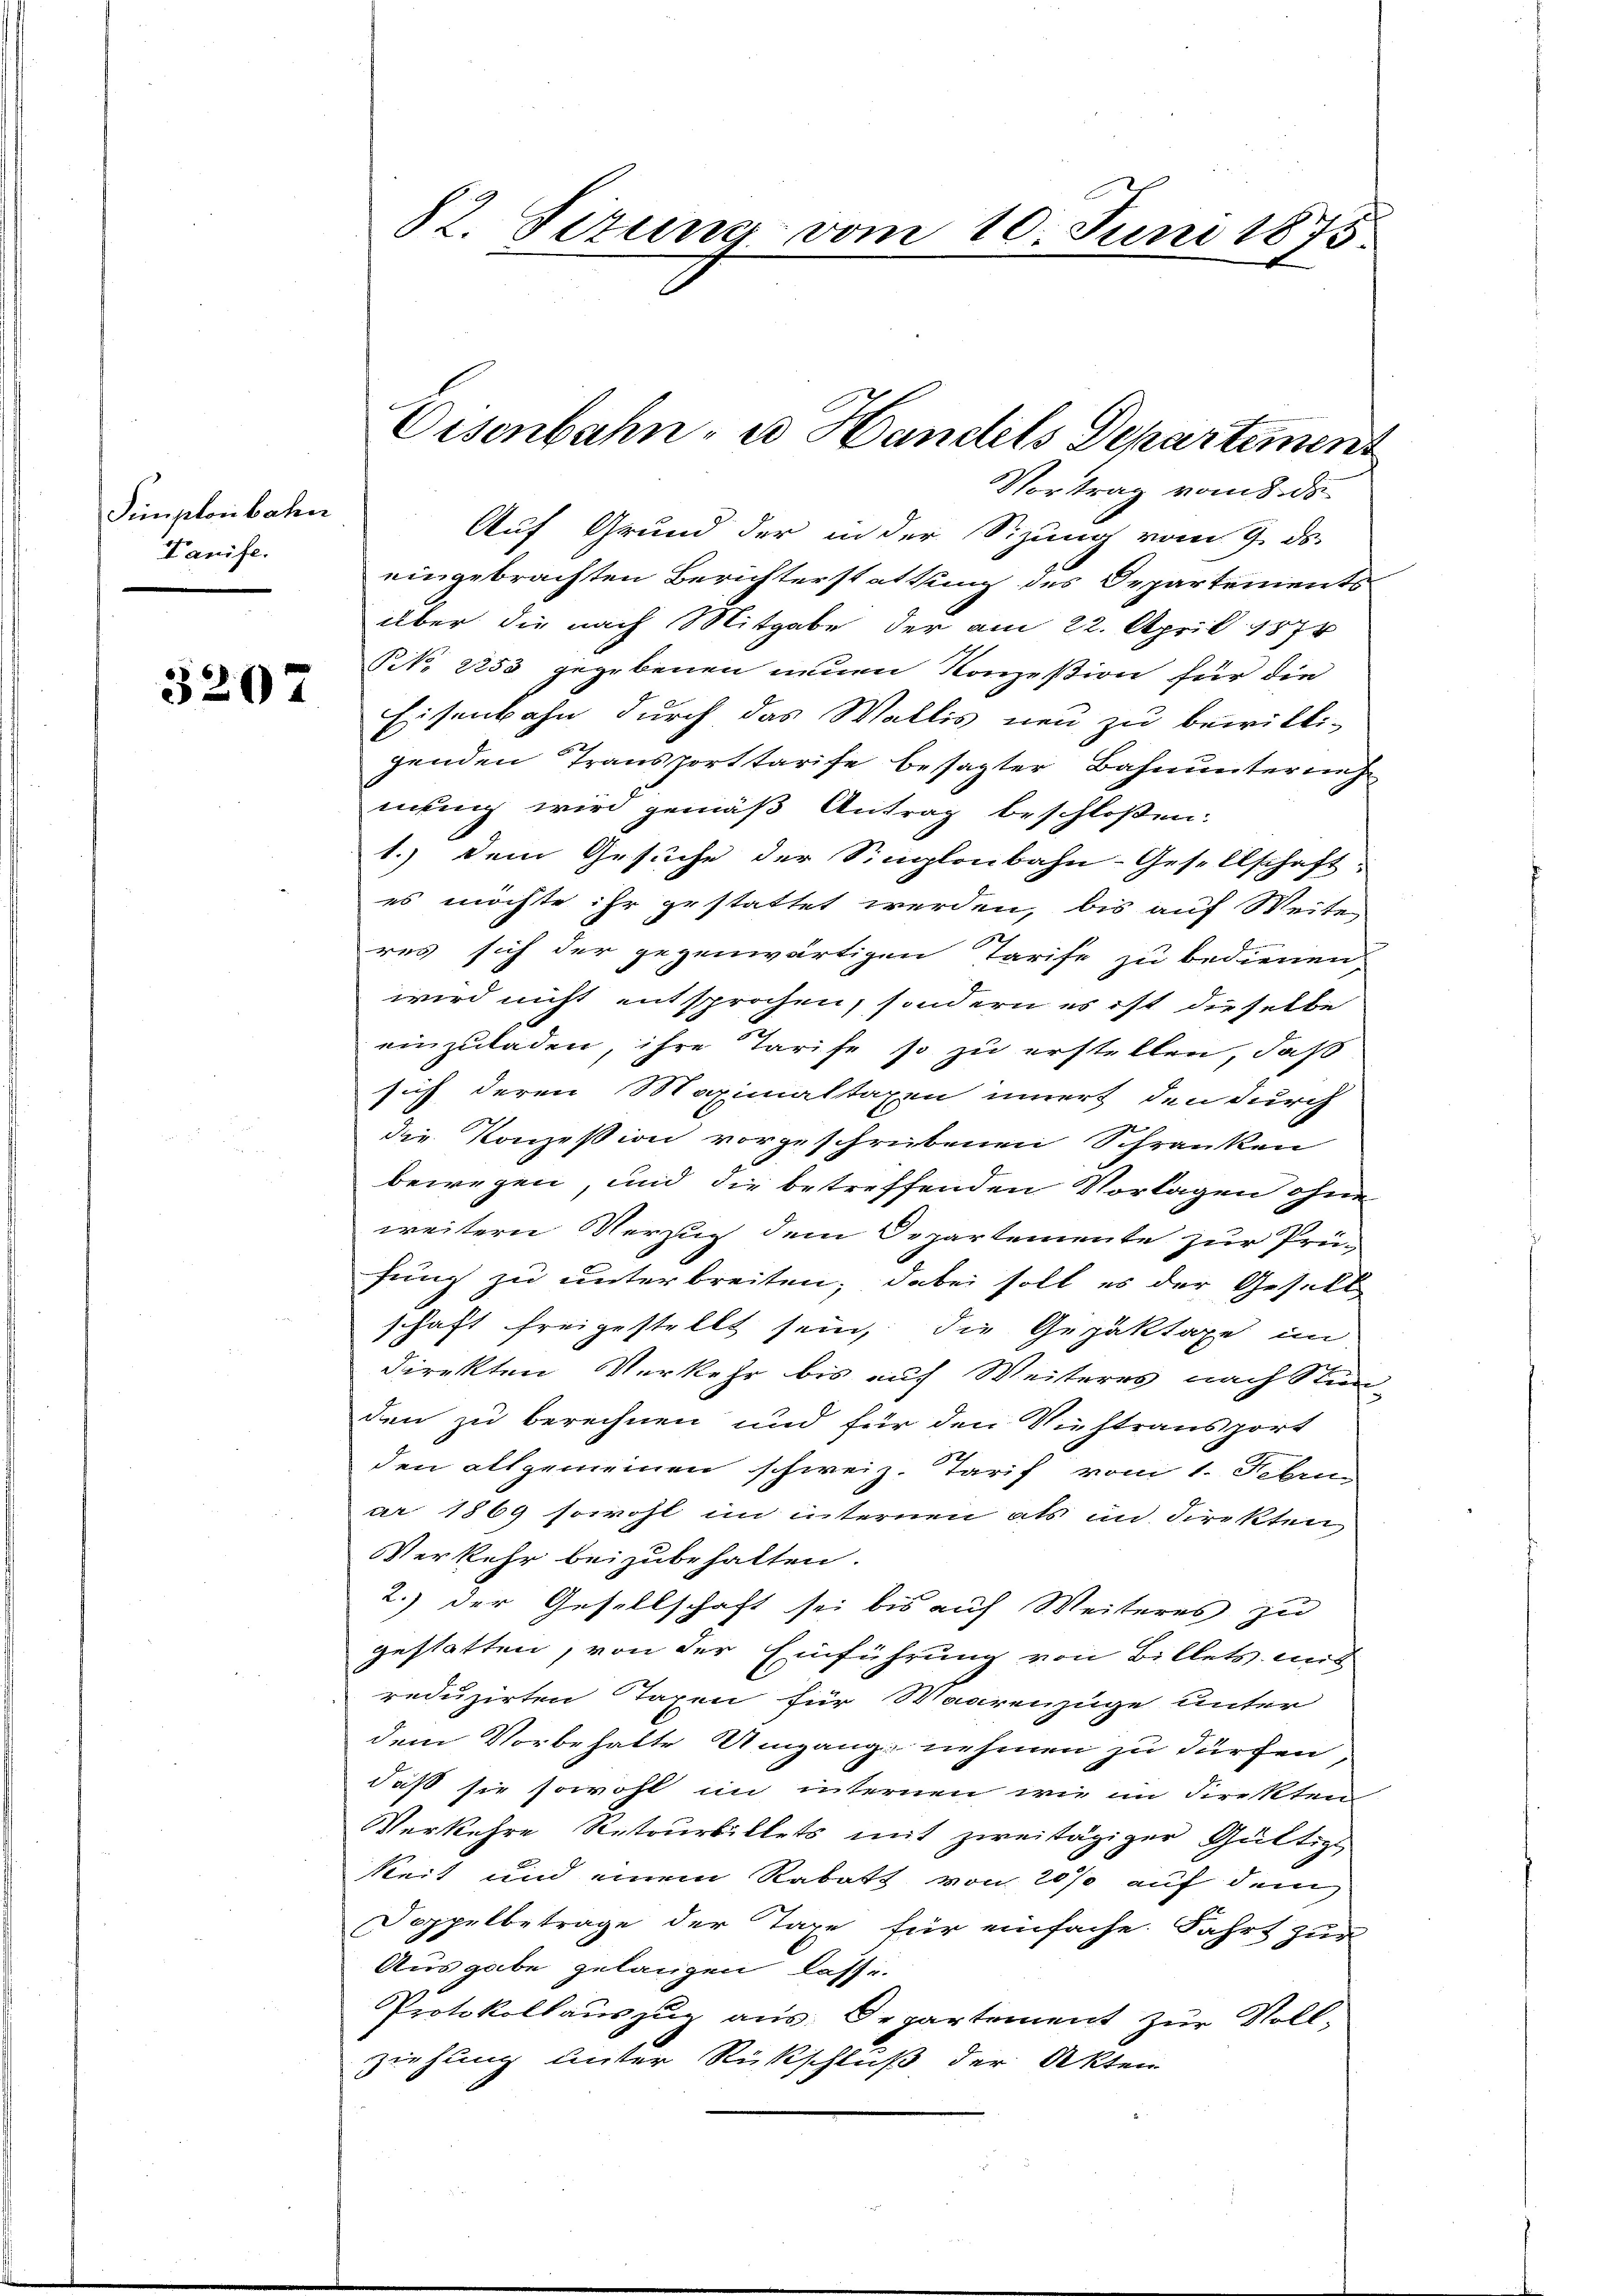
Simplonbahn
Banife.

3207

Vortrag vom 8. ds
Auf Grund der in der Sitzung vom 9. ds.
eingebrachten Berichterstattung des Departements
über die nach Mitgabe der am 22. April 1874
NNo. 2253 gegebenen neuen Konzession für die
Eisenbahn durch das Wallis neu zu bewilli-
genden Transporttarise besagter Bahnunternehnung wird gemäß Antrag beschloßen:
1.) Dem Gesuche der Simplonbahn-Gesellschaft
es möchte ihr gestattet werden, bis auf Weiten
res sich der gegenwärtigen Tarife zu bedienen
wird nicht entsprochen, sondern es ist dieselbe
einzuladen, ihre Tarife so zu erstellen, daß
sich deren Maximaltaxen innert den durch
die Konzession vorgeschriebenen Schranken
bewegen, und die betreffenden Vorlagen ohne
weitern Verzug dem Departemente zur Prü-
fung zu unterbreiten; dabei soll es der Gesell
schaft freigestellt sein, die Gepäktaxe im
direkten Verkehr bis auf Weiteres nach Stunden zu berechnen und für den Viehtransport
den allgemeinen schweiz. Tarif vom 1. Febru
ar 1869 sowohl im internen als im Direkten
Verkehr beizubehalten.
2.) der Gesellschaft sei bis auf Weiteres zu
gestatten, von der Einführung von Billets mit
reduzirten Taxen für Waarenzüge unter
dem Vorbehalte Umgang nehmen zu dürfen
daß sie sowohl im internen wie im Direkten
Verkehre Retourbillets mit zweitägiger Gültige
keit und einem Rabatt von 20% auf dem
Doppelbetrage der Taxe für einfache Fahrt zur
Ausgabe gelangen lasse.
Protokollauszug aus. Departement zur Voll-
ziehung unter Rückschluß der Akten

82. Sizung vom 10. Juni 1875.

Eisenbahn, u. Handels Departement